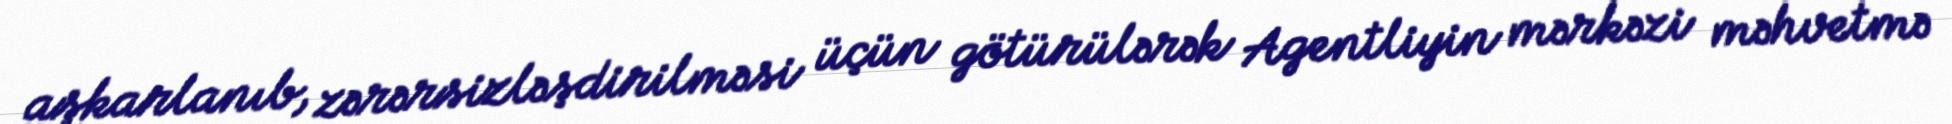
aşkarlanıb, zərərsizləşdirilməsi üçün götürülərək Agentliyin mərkəzi məhvetmə